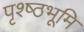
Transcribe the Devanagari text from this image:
पृश्ष्‍ठभूमि